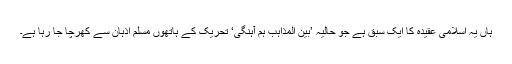
ہاں یہ اسلامی عقیدہ کا ایک سبق ہے جو حالیہ ’بین المذاہب ہم آہنگی‘ تحریک کے ہاتھوں مسلم اذہان سے کھرچا جا رہا ہے۔